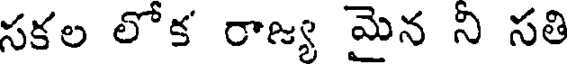
సకల లోక రాజ్య మైన ని సతి